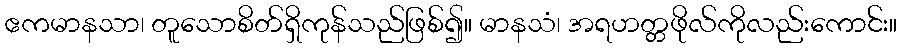
ဧကမာနသာ၊ တူသောစိတ်ရှိကုန်သည်ဖြစ်၍။ မာနသံ၊ အရဟတ္တဖိုလ်ကိုလည်းကောင်း။